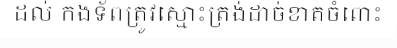
ដល់ កងទ័ពត្រូវស្មោះត្រង់ដាច់ខាតចំពោះ